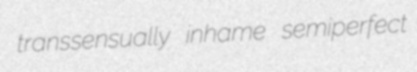
transsensually inhame semiperfect